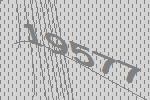
19577